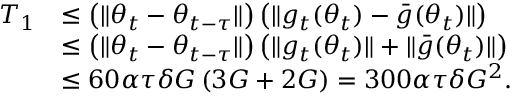
\begin{array} { r l } { T _ { 1 } } & { \leq \left( \Vert \theta _ { t } - \theta _ { t - \tau } \Vert \right) \left( \Vert g _ { t } ( \theta _ { t } ) - \bar { g } ( \theta _ { t } ) \Vert \right) } \\ & { \leq \left( \Vert \theta _ { t } - \theta _ { t - \tau } \Vert \right) \left( \Vert g _ { t } ( \theta _ { t } ) \Vert + \Vert \bar { g } ( \theta _ { t } ) \Vert \right) } \\ & { \leq 6 0 \alpha \tau \delta G \left( 3 G + 2 G \right) = 3 0 0 \alpha \tau \delta G ^ { 2 } . } \end{array}